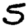
Digit: 5